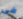
فى